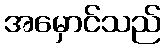
အမှောင်သည်